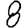
Digit: 8